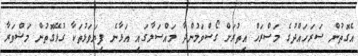
އެގޮތުން ސަރަހައްދުގެ މަސްރަހް އިތުރަށް ގޯސްވަމުންދާ މައްސަލާގައި އަޅާނެ ފިޔަވަޅުތަކާ ގުޅޭގޮތުން މަޝްވަރާ